65_HS1-834228961_62-HQ-83894_Section_9
Agency: FBI
Page 106
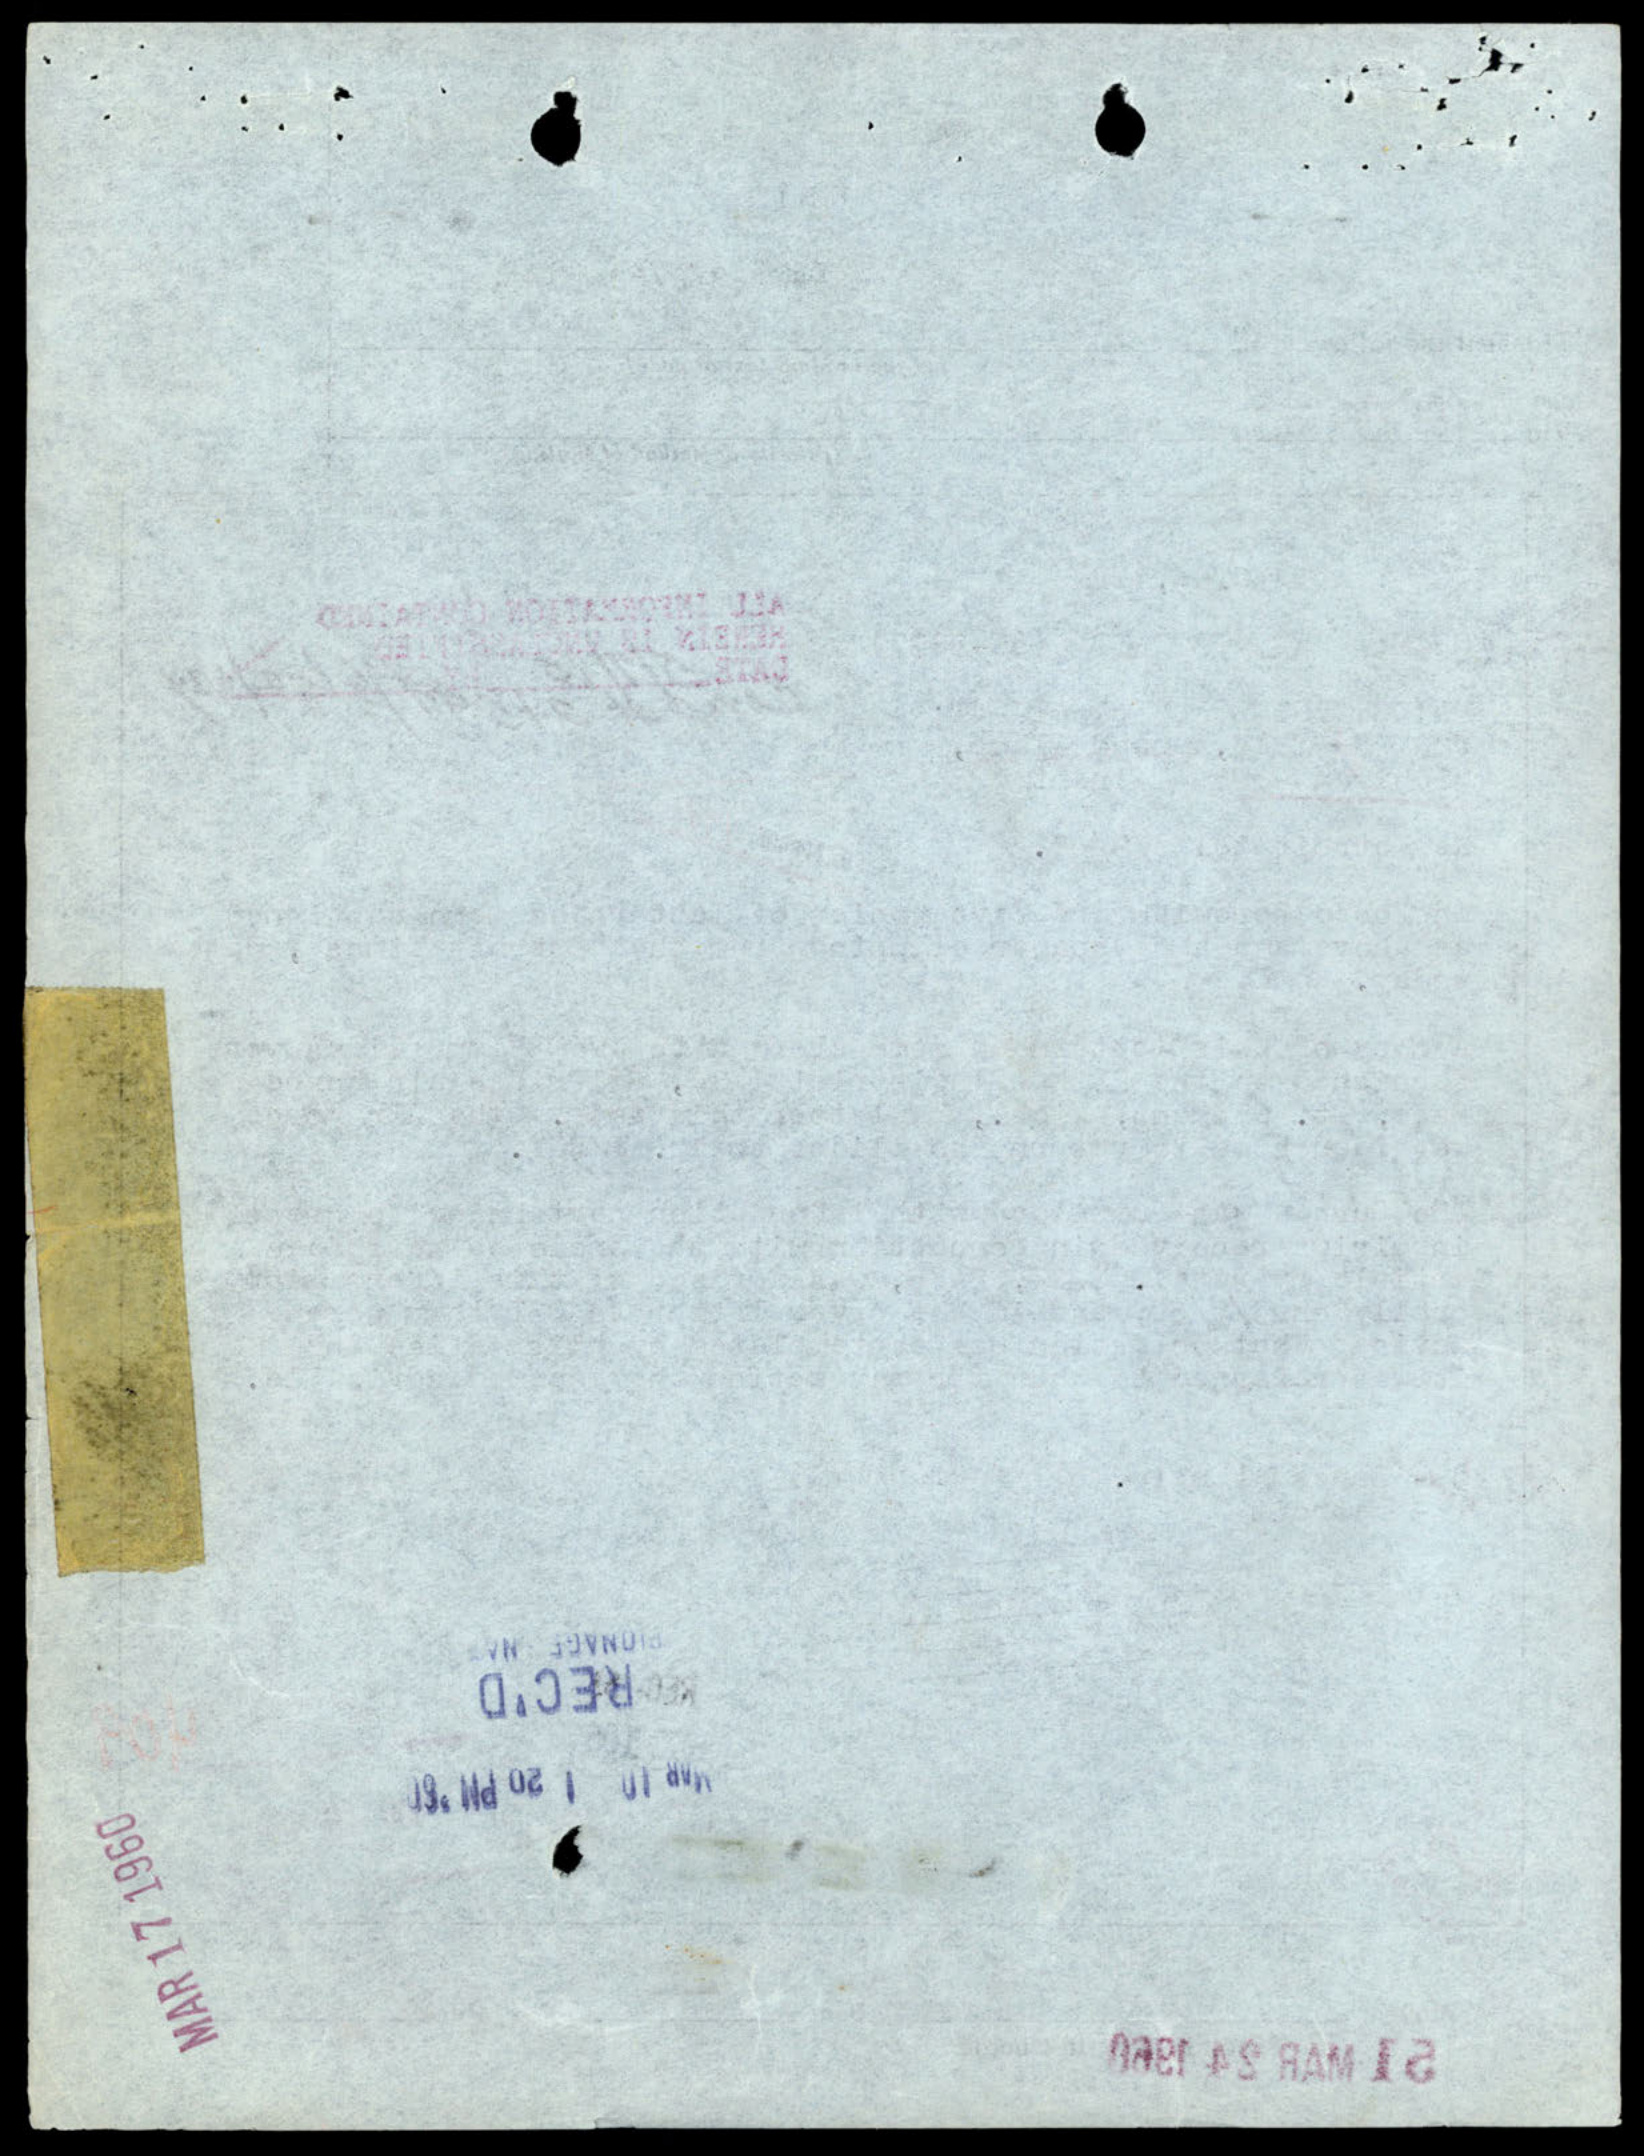